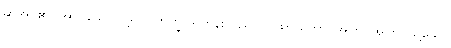
ဆိုအပ်၏။ အာဝုသော၊ ငါ့ရှင်။ ဘိက္ခု၊ ရဟန်းသည်။ ယထာယထာ၊ အကြင်အကြင်သို့သော